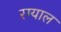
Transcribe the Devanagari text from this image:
रग्याल